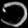
Digit: ၁